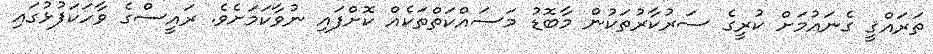
ތަރައްޤީ ގެނައުމަށް ކުރީގެ ސަރުކާރުތަކުން މާބޮޑު މަސައްކަތްތަކެއް ކޮށްފައި ނުވާކަމަށެވެ. ރައީސްގެ ވާހަކަފުޅުގައި